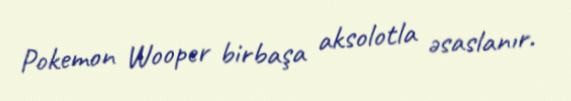
Pokemon Wooper birbaşa aksolotla əsaslanır.